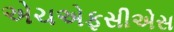
એચએફસીએસ